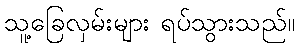
သူ့ခြေလှမ်းများ ရပ်သွားသည်။